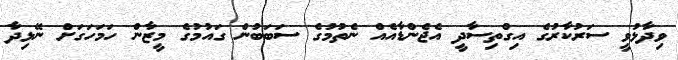
ވިދާޅުވީ ސަރުކާރުގެ އިގްތިސާދީ އެޖެންޑާއެއް ނެތުމުގެ ސަބަބުން ގައުމުގެ މީޒާން ހަމަހަގަށް ނޭޅިދާ